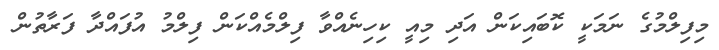
މިފިލްމުގެ ނަމަކީ ކޮބައިކަން އަދި މިއީ ކިހިނެއްވާ ފިލްމެއްކަން ފިލްމު އުފައްދާ ފަރާތުން